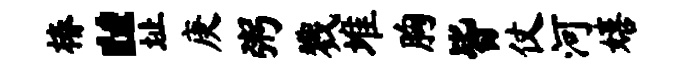
椿“址庚粥戮堆胸皆仗河嬉